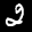
Label: 2